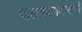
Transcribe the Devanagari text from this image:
पालनपोषणासाठी